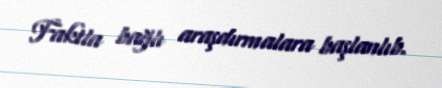
Faktla bağlı araşdırmalara başlanlıb.